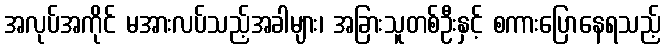
အလုပ်အကိုင် မအားလပ်သည့်အခါများ၊ အခြားသူတစ်ဦးနှင့် စကားပြောနေရသည့်